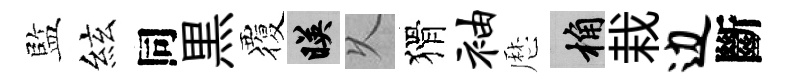
監絃同黒覆映乆猾袖厯桷栽边斷